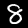
Digit: 8